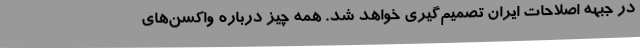
در جبههٔ‌ اصلاحات ایران تصمیم‌گیری خواهد شد. همه چیز درباره واکسن‌های